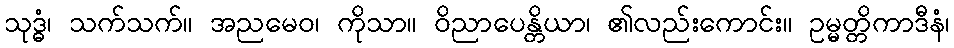
သုဒ္ဓံ၊ သက်သက်။ အညမေဝ၊ ကိုသာ။ ဝိညာပေန္တိယာ၊ ၏လည်းကောင်း။ ဥမ္မတ္တိကာဒီနံ၊